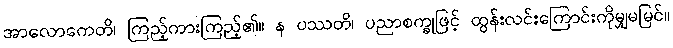
အာလောကေတိ၊ ကြည့်ကားကြည့်၏။ န ပဿတိ၊ ပညာစက္ခုဖြင့် ထွန်းလင်းကြောင်းကိုမျှမမြင်။